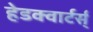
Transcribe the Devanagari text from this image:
हेडक्वार्टर्स्